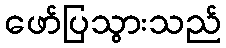
ဖော်ပြသွားသည်